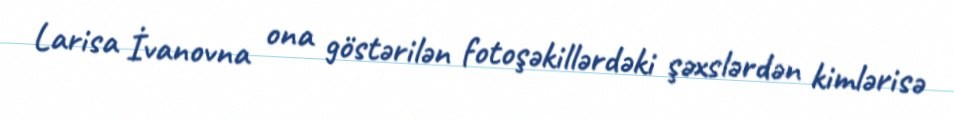
Larisa İvanovna ona göstərilən fotoşəkillərdəki şəxslərdən kimlərisə